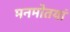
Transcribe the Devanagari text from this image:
मनमोतयां